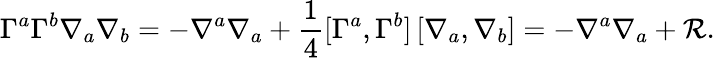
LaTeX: \Gamma^{a}\Gamma^{b}\nabla_{a}\nabla_{b}=-\nabla^{a}\nabla_{a}+\frac{1}{4}[\Gamma^{a},\Gamma^{b}]\, [\nabla_{a},\nabla_{b}]=-\nabla^{a}\nabla_{a}+{\cal R}.